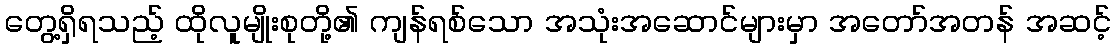
တွေ့ရှိရသည့် ထိုလူမျိုးစုတို့၏ ကျန်ရစ်သော အသုံးအဆောင်များမှာ အတော်အတန် အဆင့်